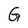
Character: G